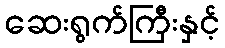
ဆေးရွက်ကြီးနှင့်